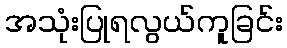
အသုံးပြုရလွယ်ကူခြင်း